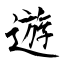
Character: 遊